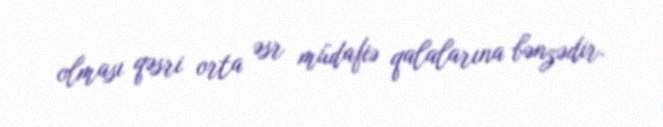
olması qəsri orta əsr müdafiə qalalarına bənzədir.